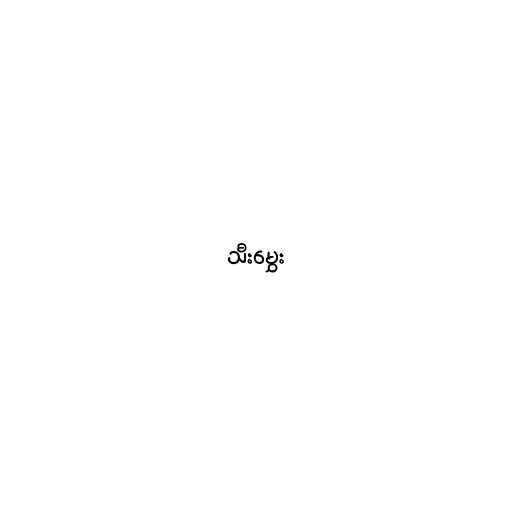
သီးမွှေး